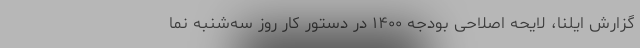
گزارش ایلنا، لایحه اصلاحی بودجه ۱۴۰۰ در دستور کار روز سه‌شنبه نما